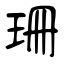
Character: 珊